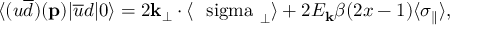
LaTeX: \langle ( u \overline { { { d } } } ) ( { \bf p } ) | \overline { { { u } } } d | 0 \rangle = 2 { \bf k } _ { \perp } \cdot \langle \mathrm { \boldmath { ~ \ s i g m a ~ } } _ { \perp } \rangle + 2 E _ { { \bf k } } \beta ( 2 x - 1 ) \langle \sigma _ { \parallel } \rangle ,